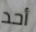
أحد